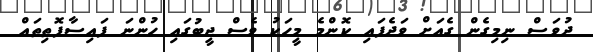
ދުވަސް ނިމިގެން ގެއަށް ވަދެފައި ކޮންމެ މީހަކު ވެސް ޖީބުގައި ހުންނަ ފައިސާފޮތިތައް